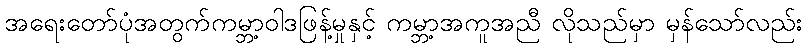
အရေးတော်ပုံအတွက်ကမ္ဘာ့ဝါဒဖြန့်မှုနှင့် ကမ္ဘာ့အကူအညီ လိုသည်မှာ မှန်သော်လည်း